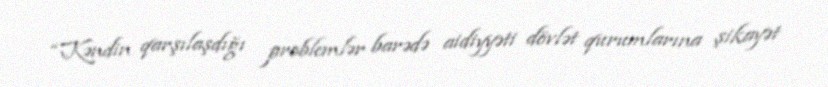
“Kəndin qarşılaşdığı problemlər barədə aidiyyəti dövlət qurumlarına şikayət